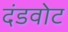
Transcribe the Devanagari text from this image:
दंडवोट